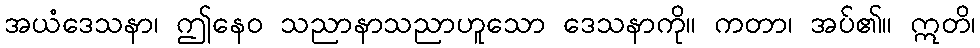
အယံဒေသနာ၊ ဤနေဝ သညာနာသညာဟူသော ဒေသနာကို။ ကတာ၊ အပ်၏။ ဣတိ၊